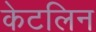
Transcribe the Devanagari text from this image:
केटलिन